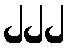
၂၂၂